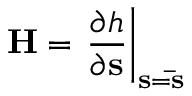
\mathbf { H } = \left. \frac { \partial h } { \partial \mathbf { s } } \right| _ { \mathbf { s } = \mathbf { \bar { s } } }